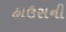
હાઉસની